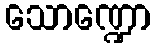
သောဏ္ဍော